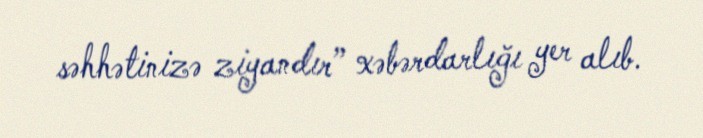
səhhətinizə ziyandır” xəbərdarlığı yer alıb.